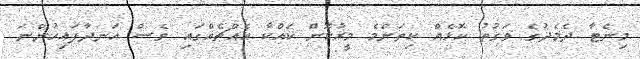
މިނެޓާ ދެމެދުގެ ވަގުތު ކޮޅެއް ކިތަންމެ މީރުކޮށް ކައްކާ އެއްޗެއްގައި ވެސް އަނދާފައިހުންނަ